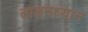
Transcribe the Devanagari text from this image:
ताड़नध्यान